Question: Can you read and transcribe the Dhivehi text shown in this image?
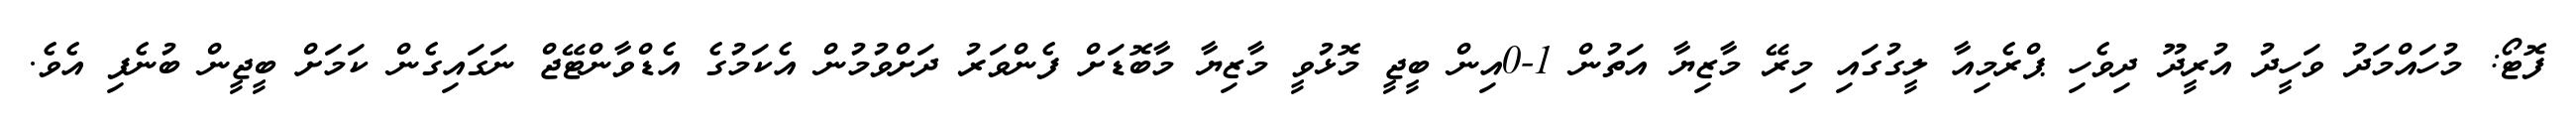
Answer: ފޮޓޯ: މުހައްމަދު ވަހީދު އުރީދޫ ދިވެހި ޕްރެމިއާ ލީގުގައި މިރޭ މާޒިޔާ އަތުން 1-0އިން ބީޖީ މޮޅުވީ މާޒިޔާ މާބޮޑަށް ފެންވަރު ދަށްވުމުން އެކަމުގެ އެޑްވާންޓޭޖް ނަގައިގެން ކަމަށް ބީޖީން ބުނެފި އެވެ.